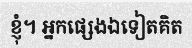
ខ្ញុំ។ អ្នកផ្សេងឯទៀតគិត